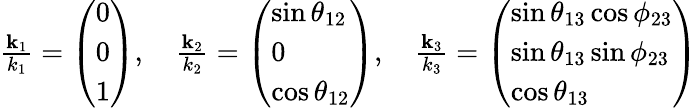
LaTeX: \begin{array}{r}{\frac{\textbf{k}_{1}}{k_{1}}=\left(\begin{array}{l}{0}\\ {0}\\ {1}\end{array}\right),\quad\frac{\textbf{k}_{2}}{k_{2}}=\left(\begin{array}{l}{\sin\theta_{12}}\\ {0}\\ {\cos\theta_{12}}\end{array}\right),\quad\frac{\textbf{k}_{3}}{k_{3}}=\left(\begin{array}{l}{\sin\theta_{13}\cos\phi_{23}}\\ {\sin\theta_{13}\sin\phi_{23}}\\ {\cos\theta_{13}}\end{array}\right)}\end{array}